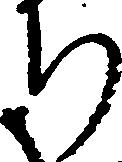
ち